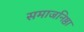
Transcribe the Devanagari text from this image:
समाजनिष्ठा